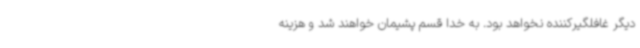
دیگر غافلگیرکننده نخواهد بود. به خدا قسم پشیمان خواهند شد و هزینه